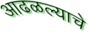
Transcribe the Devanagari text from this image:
आढळल्याचे